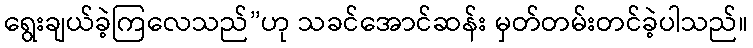
ရွေးချယ်ခဲ့ကြလေသည်”ဟု သခင်အောင်ဆန်း မှတ်တမ်းတင်ခဲ့ပါသည်။